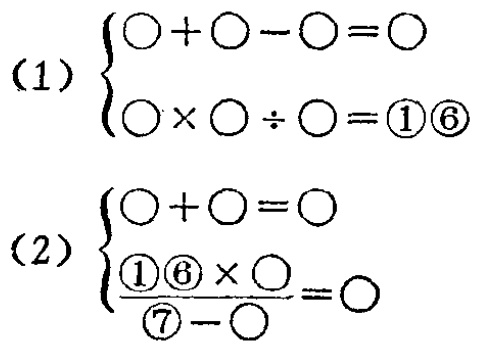
(1) \(\begin{cases}

\bigcirc+\bigcirc - \bigcirc=\bigcirc \\

\bigcirc\times\bigcirc\div\bigcirc = \boxed{1}\boxed{6}

\end{cases}\)

(2) \(\begin{cases}

\bigcirc+\bigcirc=\bigcirc \\

\frac{\boxed{1}\boxed{6}\times\bigcirc}{\boxed{7}-\bigcirc}=\bigcirc

\end{cases}\)